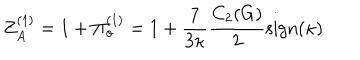
LaTeX: Z _ { A } ^ { ( 1 ) } = 1 + \Pi _ { o } ^ { ( 1 ) } = 1 + \frac { 7 } { 3 \kappa } \frac { C _ { 2 } ( G ) } { 2 } \mathrm { s i g n } ( \kappa )